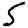
Digit: 5